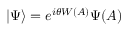
| \Psi \rangle = e ^ { i \theta W ( A ) } \Psi ( A )